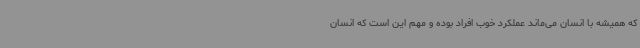
که همیشه با انسان می‌ماند عملکرد خوب افراد بوده و مهم این است که انسان